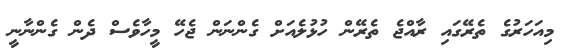
މިއަހަރުގެ ތެރޭގައި ރާއްޖެ ތެރޭން ހުޅުލެއަށް ގެންނަން ޖެހޭ މީހާވެސް ދެން ގެންނާނީ